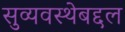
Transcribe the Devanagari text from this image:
सुव्यवस्थेबद्दल